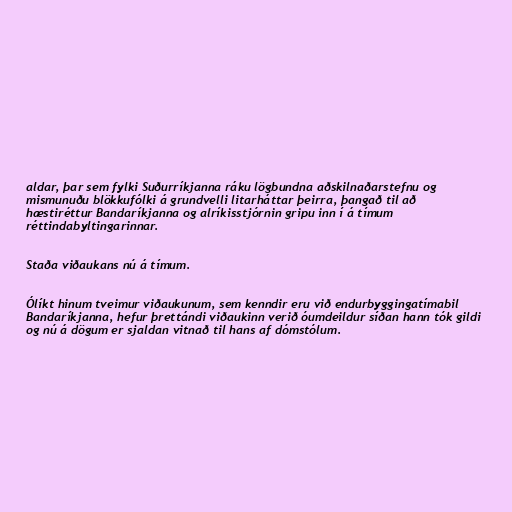
aldar, þar sem fylki Suðurríkjanna ráku lögbundna aðskilnaðarstefnu og
mismunuðu blökkufólki á grundvelli litarháttar þeirra, þangað til að
hæstiréttur Bandaríkjanna og alríkisstjórnin gripu inn í á tímum
réttindabyltingarinnar.

Staða viðaukans nú á tímum.

Ólíkt hinum tveimur viðaukunum, sem kenndir eru við endurbyggingatímabil
Bandaríkjanna, hefur þrettándi viðaukinn verið óumdeildur síðan hann tók gildi
og nú á dögum er sjaldan vitnað til hans af dómstólum.